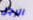
الرجل